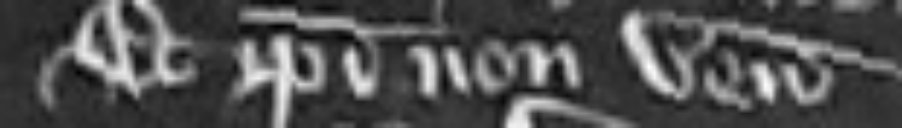
Et ipsi non venerunt